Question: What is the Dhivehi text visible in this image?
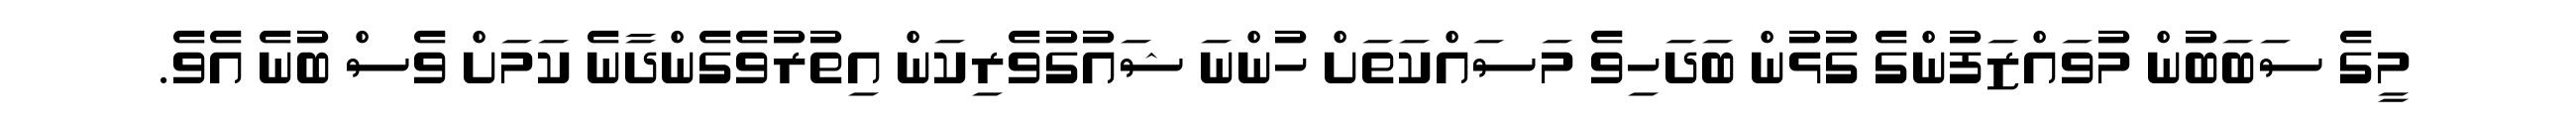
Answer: މީގެ ސަބަބުން މުވައްޒަފުންގެ ގުޅުން ބަދަހިވެ މަސައްކަތަށް ހުންނަ ޝައުގުވެރިކަން އިތުރުވެގެންދާނެ ކަމަށް ވެސް ބުނެ އެވެ.